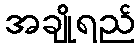
အချိုရည်